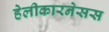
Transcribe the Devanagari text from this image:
हेलीकारनेसस